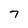
Character: 7